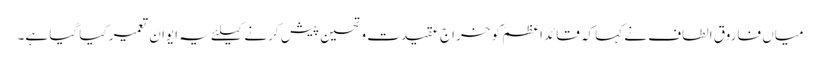
میاں فاروق الطاف نے کہا کہ قائداعظمؒ کو خراج عقیدت وتحسین پیش کرنے کیلئے یہ ایوان تعمیر کیا گیا ہے۔